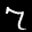
Label: 7